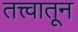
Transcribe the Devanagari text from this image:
तत्त्वातून